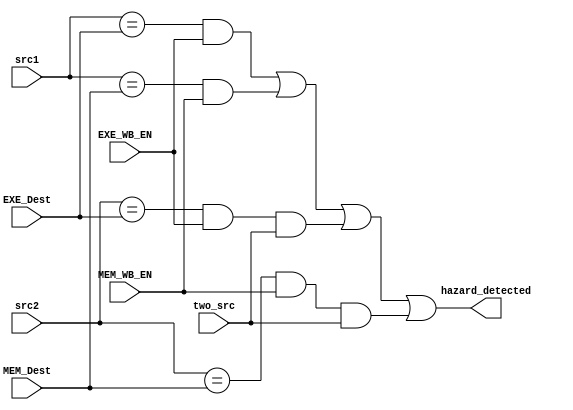
module HazardDetectionUnit(two_src, src1, src2, EXE_Dest, EXE_WB_EN, MEM_Dest, MEM_WB_EN, hazard_detected);

input[3:0] src1, src2, EXE_Dest, MEM_Dest;
input two_src, EXE_WB_EN, MEM_WB_EN;
output hazard_detected;

wire type1, type2, type3, type4;

assign type1 = (src1==EXE_Dest) & EXE_WB_EN;
assign type2 = (src1==MEM_Dest) & MEM_WB_EN;
assign type3 = (src2==EXE_Dest) & EXE_WB_EN & two_src;
assign type4 = (src2==MEM_Dest) & MEM_WB_EN & two_src;

assign hazard_detected = type1 || type2 || type3 || type4;
endmodule